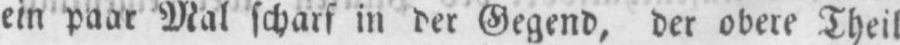
ein paar Mal scharf in der Gegend, der obere Theil